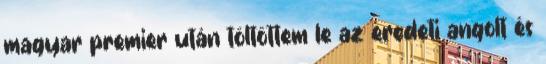
magyar premier után töltöttem le az eredeti angolt és